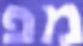
מפ